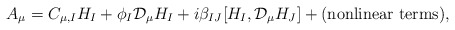
\begin{align*}A_\mu=C_{\mu,I} H_I+\phi_I{\mathcal D}_\mu H_I+i\beta_{IJ}[H_I,{\mathcal D}_\mu H_J]+\mbox{(nonlinear terms)},\end{align*}